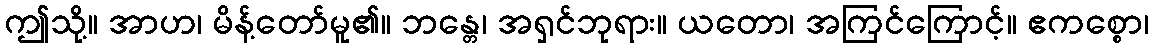
ဤသို့။ အာဟ၊ မိန့်တော်မူ၏။ ဘန္တေ၊ အရှင်ဘုရား။ ယတော၊ အကြင်ကြောင့်။ ဧကစ္စော၊